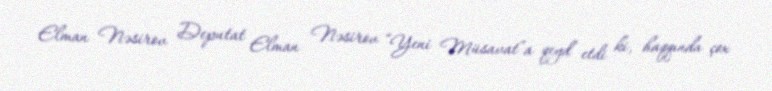
Elman Nəsirov Deputat Elman Nəsirov “Yeni Müsavat”a qeyd etdi ki, haqqında çox